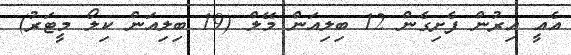
އެއީ އިރުން ފެށިގެން 12 ބިލިއަން މޭލް (19 ބިލިއަން ކިލޯ މީޓަރު)